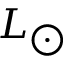
\begin{array} { l } { L _ { \bigodot } } \end{array}